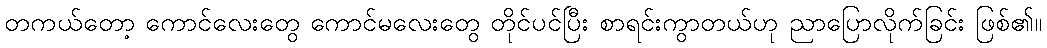
တကယ်တော့ ကောင်လေးတွေ ကောင်မလေးတွေ တိုင်ပင်ပြီး စာရင်းကွာတယ်ဟု ညာပြောလိုက်ခြင်း ဖြစ်၏။